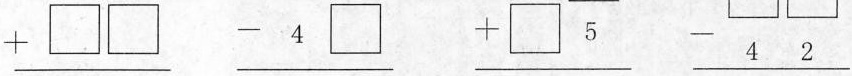
\underline{+ \Box \Box} \underline{- 4 \Box} \underline{+ \Box 5} \underline{-4 2}